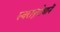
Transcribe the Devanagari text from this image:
स्वरानुरोधानें